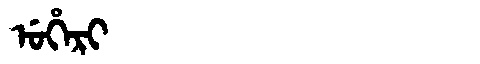
Manchu: ᡠᡥᡝᡵᡳ
Romanization: UHERI